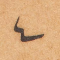
٤